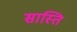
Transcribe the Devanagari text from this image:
सास्ति